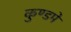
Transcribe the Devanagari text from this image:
कुण्डमे